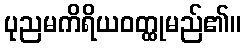
ပုညမကိရိယဝတ္ထုမည်၏။